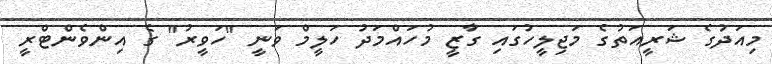
މިއަދުގެ ޝަރީއަތުގެ މަޖިލީހުގައި ގާޒީ މުހައްމަދު ހަލީމް ވަނީ "ހަވީރު" ގެ އިންވެންޓްރީ